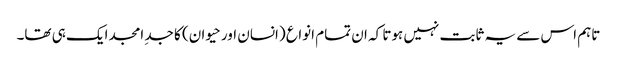
تاہم اس سے یہ ثابت نہیں ہوتا کہ ان تمام انواع (انسان اور حیوان) کا جدِ امجد ایک ہی تھا۔